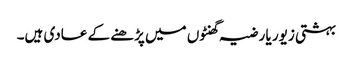
بہشتی زیور یا رضیہ گھنٹوں میں پڑھنے کے عادی ہیں۔